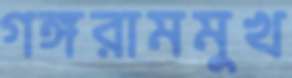
গঙ্গরামমুখ